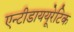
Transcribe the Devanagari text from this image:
एन्टीडाययूरेटिक